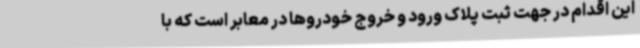
این اقدام در جهت ثبت پلاک ورود و خروج خودروها در معابر است که با